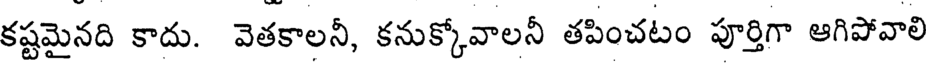
కష్టమైనది కాదు. వెతకాలనీ, కనుక్కోవాలనీ తపించటం పూర్తిగా ఆగిపోవాలి